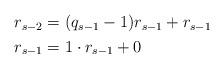
LaTeX: \begin{align*}\begin{aligned}r_{s-2} &= (q_{s-1} - 1) r_{s-1} + r_{s-1}\\r_{s-1} &= 1 \cdot r_{s-1} + 0\end{aligned}\end{align*}